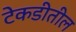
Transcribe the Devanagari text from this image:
टेकडीतील